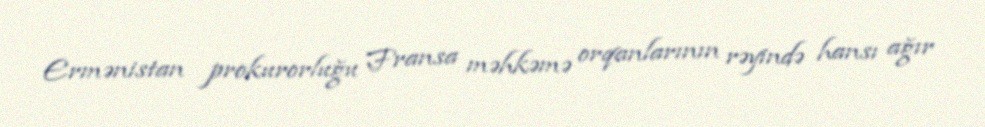
Ermənistan prokurorluğu Fransa məhkəmə orqanlarının rəyində hansı ağır